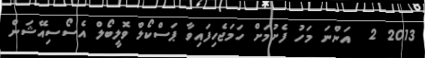
2013 2  އަންނަ މަހު ފެށުމަށް ހަމަޖެހިފައިވާ ޕަސްކޯލް ވޮލީބޯލް އެސޯސިއޭޝަން